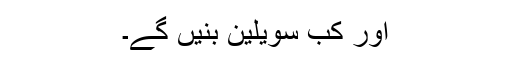
اور کب سویلین بنیں گے۔